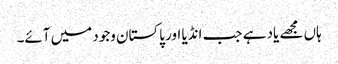
ہاں مجھے یاد ہے جب انڈیا اور پاکستان وجود میں آئے۔